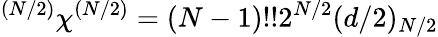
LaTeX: ^{(N/2)}\chi^{(N/2)}=(N-1)!!2^{N/2}(d/2)_{N/2}